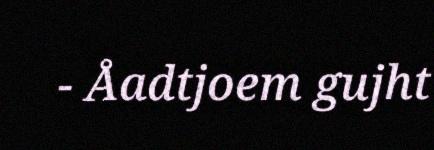
- Åadtjoem gujht